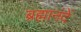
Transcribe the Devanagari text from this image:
ब्रह्मानंदें